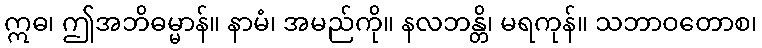
ဣဓ၊ ဤအဘိဓမ္မာန်။ နာမံ၊ အမည်ကို။ နလဘန္တိ၊ မရကုန်။ သဘာဝတောစ၊